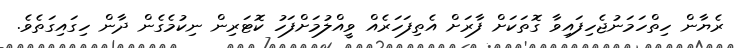
ރެޔާން ހިތްހަމަނުޖެހިފައިވާ ގޮތަކަށް ފާރަށް އެތިފަހަރެއް ވީއްލުމަށްފަހު ކޮޓަރިން ނިކުމެގެން ދާން ހިގައިގަތެވެ.